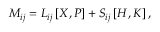
M _ { i j } = L _ { i j } \left[ X , P \right] + S _ { i j } \left[ { \cal H } , { \cal K } \right] ,